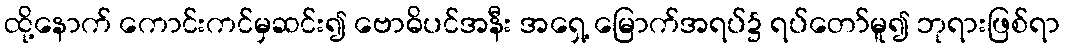
ထို့နောက် ကောင်းကင်မှဆင်း၍ ဗောဓိပင်အနီး အရှေ့ မြောက်အရပ်၌ ရပ်တော်မူ၍ ဘုရားဖြစ်ရာ